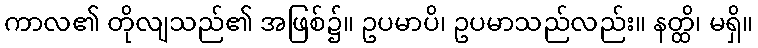
ကာလ၏ တိုလျသည်၏ အဖြစ်၌။ ဥပမာပိ၊ ဥပမာသည်လည်း။ နတ္ထိ၊ မရှိ။